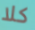
كلا